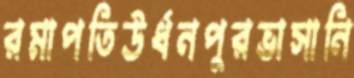
রমাপতিউর্ধনপুরভাসানি